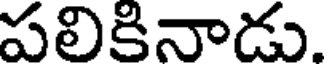
పలికినాడు.